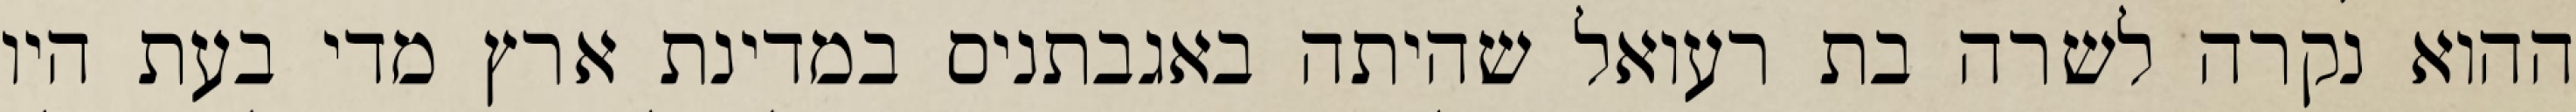
ההוא נקרה לשרה בת רעואל שהיתה באגבתניס במדינת ארץ מדי בעת היו